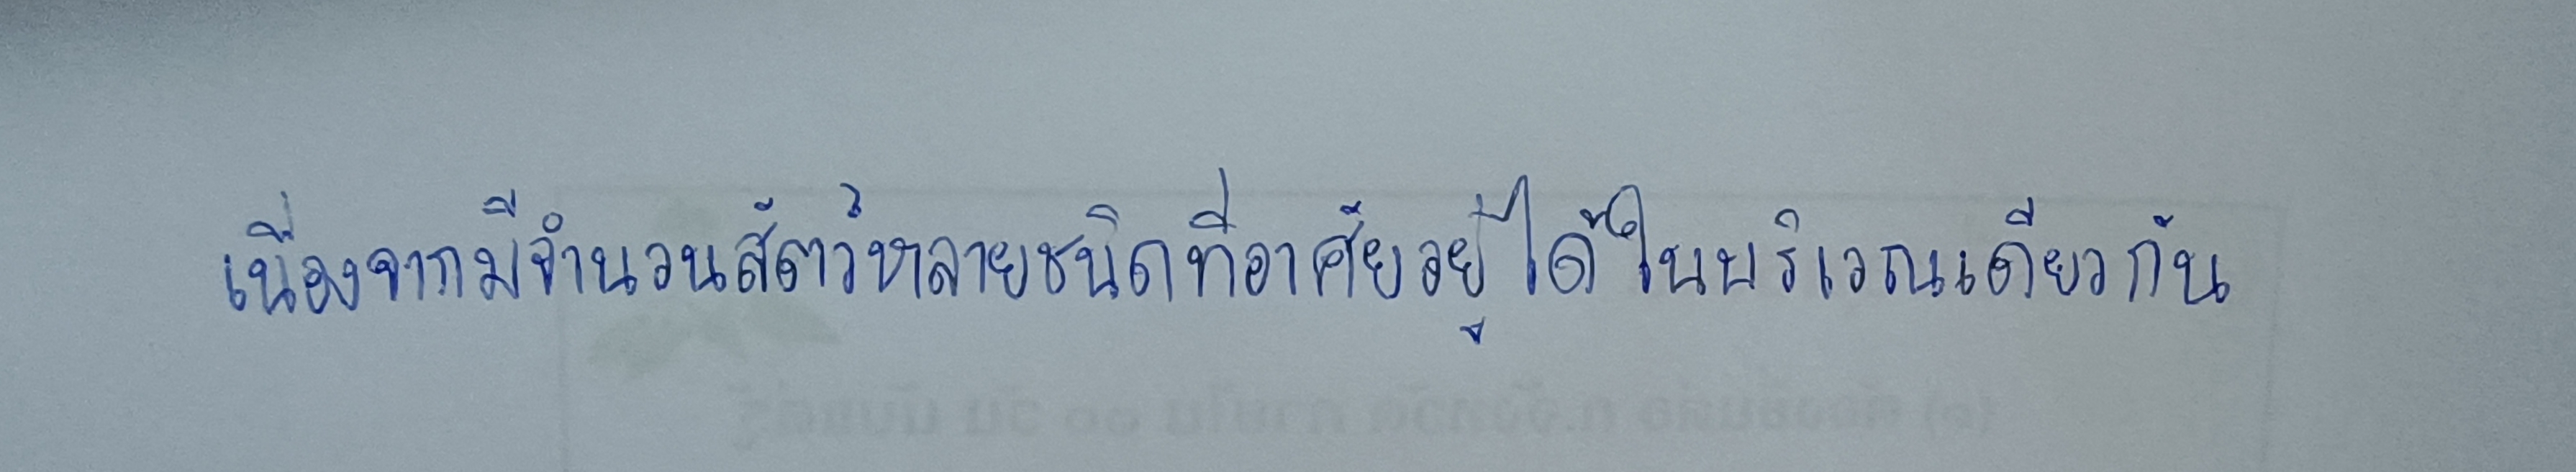
เนื่องจากมีจำนวนสัตว์หลายชนิดที่อาศัยอยู่ได้ในบริเวณเดียวกัน